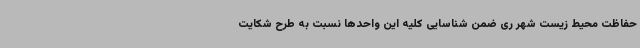
حفاظت محیط زیست شهر ری ضمن شناسایی کلیه این واحدها نسبت به طرح شکایت